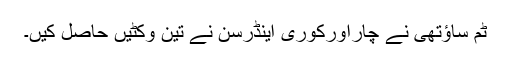
ٹم ساؤتھی نے چاراورکوری اینڈرسن نے تین وکٹیں حاصل کیں۔